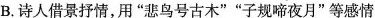
B.诗人借景抒情，用”悲鸟号古木””子规啼夜月”等感情